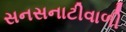
સનસનાટીવાળી